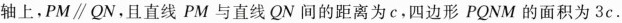
上，PM\parallel QN，且直线PM与直线QN间的距离为c，四边形PQNM的面积为3c.